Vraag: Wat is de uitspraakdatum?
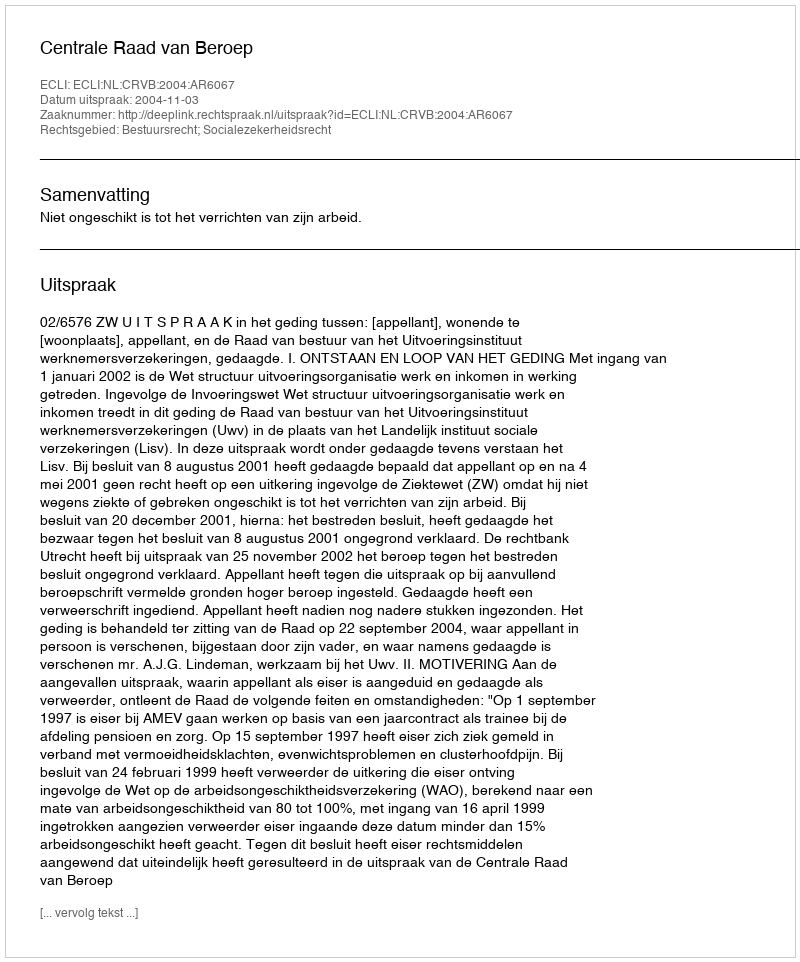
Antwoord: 2004-11-03